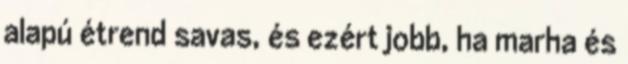
alapú étrend savas, és ezért jobb, ha marha és